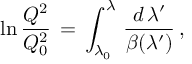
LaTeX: \ln \frac { Q ^ { 2 } } { Q _ { 0 } ^ { 2 } } \, = \, \int _ { { \lambda } _ { 0 } } ^ { \lambda } \, \frac { d \, { \lambda } ^ { \prime } } { { \beta } ( { \lambda } ^ { \prime } ) } \, ,